Annual statistical returns and brief notes on vaccination in Bengal - 1909-1929
Year: 1909
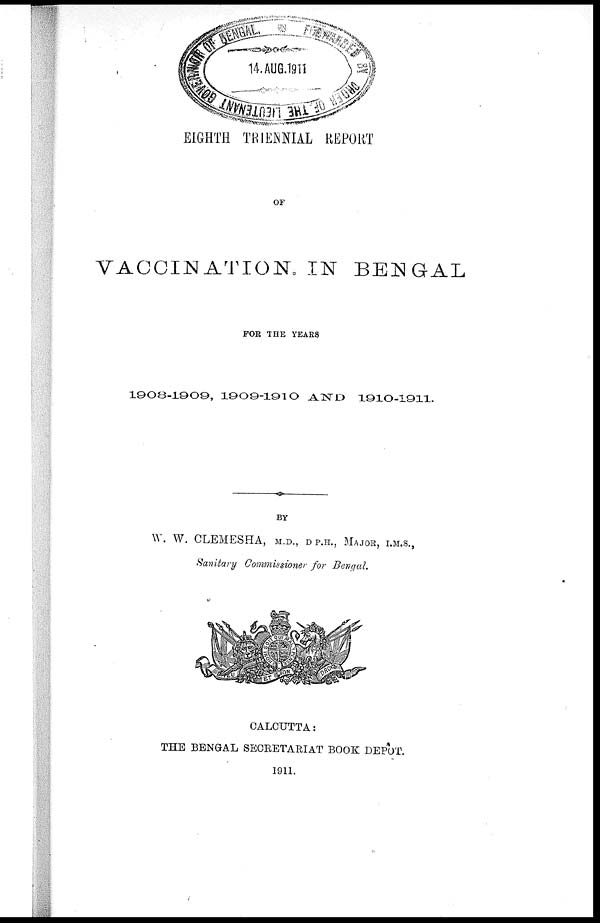
EIGHTH TRIENNIAL REPORT
OF
VACCINATION IN BENGAL
FOR THE YEARS
1908-1909, 1909-1910 AND
1910-1911.
BY
W. W. CLEMESHA, M.D., D P.H., MAJOR, I.M.S.,
Sanitary Commissioner for Bengal.
CALCUTTA:
THE BENGAL SECRETARIAT BOOK DEPÔT.
1911.